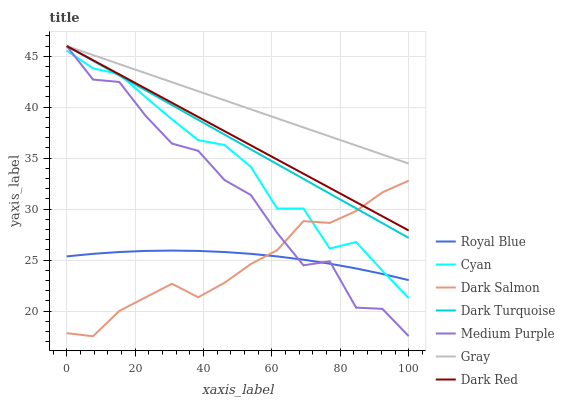
| xaxis_label | Royal Blue | Cyan | Dark Salmon | Dark Turquoise | Medium Purple | Gray | Dark Red |
 | --- | --- | --- | --- | --- | --- | --- | --- |
 | 0 | 25.4 | 45.5 | 17.8 | 46 | 46 | 46 | 46 |
 | 7.69 | 25.6 | 43.8 | 17.5 | 44.6 | 42.7 | 45.1 | 44.6 |
 | 15.4 | 25.8 | 43.2 | 20 | 43.1 | 42.5 | 44.2 | 43.2 |
 | 23.1 | 25.9 | 41 | 21.4 | 41.7 | 39.2 | 43.3 | 41.8 |
 | 30.8 | 25.9 | 38.8 | 22.7 | 40.2 | 36.4 | 42.5 | 40.4 |
 | 38.5 | 25.9 | 36.8 | 21.4 | 38.8 | 35.7 | 41.6 | 39 |
 | 46.2 | 25.8 | 36.3 | 22.8 | 37.3 | 32.8 | 40.7 | 37.6 |
 | 53.8 | 25.6 | 34.1 | 24.6 | 35.9 | 31.4 | 39.8 | 36.3 |
 | 61.5 | 25.4 | 30.1 | 26 | 34.4 | 27.7 | 38.9 | 34.9 |
 | 69.2 | 25 | 30.1 | 28.8 | 33 | 24.5 | 38 | 33.5 |
 | 76.9 | 24.6 | 26.1 | 28.6 | 31.5 | 24.9 | 37.1 | 32.1 |
 | 84.6 | 24.2 | 26.8 | 29.8 | 30.1 | 20.3 | 36.2 | 30.7 |
 | 92.3 | 23.6 | 24 | 31.6 | 28.6 | 20.2 | 35.4 | 29.3 |
 | 100 | 23 | 21.3 | 32.8 | 27.2 | 17.5 | 34.5 | 27.9 |